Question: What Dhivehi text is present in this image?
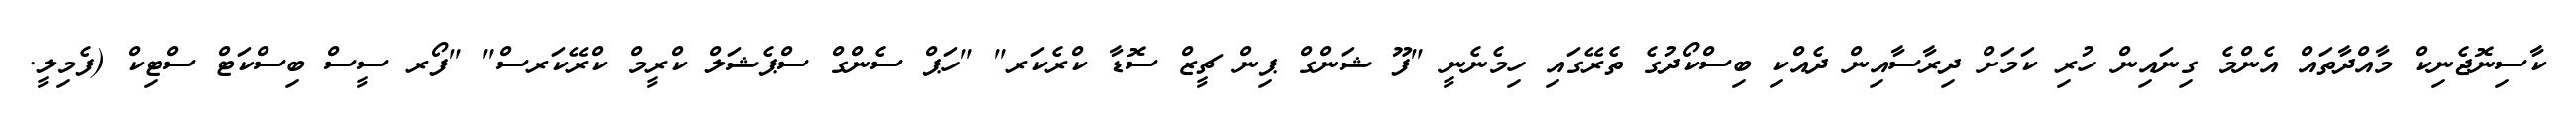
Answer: ކާސިނޮޖެނިކް މާއްދާތައް އެންމެ ގިނައިން ހުރި ކަމަށް ދިރާސާއިން ދެއްކި ބިސްކޯދުގެ ތެރޭގައި ހިމެނެނީ "ފޫ ޝަންގް ޕިން ޗީޒް ސޮޑާ ކްރެކަރ" "ހަޕް ސެންގް ސްޕެޝަލް ކްރީމް ކްރޭކަރސް" "ފޯރ ސީސް ބިސްކަޓް ސްޓިކް (ފެމިލީ.